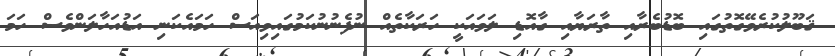
ޤަބޫލުކުރެވޭގޮތުގައި ބޮޑުބެރާއި ތާރަޔާއި ގާއޮޑި ލަވައަކީ ހަރަކާތެއް ނުފެނުނުކަމުގައިވިއަސް ހަމައެކަނި އަޑުއަހާލަންވެސް ހަމަ